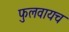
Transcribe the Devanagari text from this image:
फुलवायच